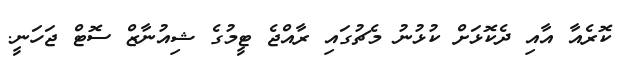
ކޮރެއާ އާއި ދެކޮޅަށް ކުޅުނު މެޗުގައި ރާއްޖެ ޓީމުގެ ޝިއުނާޒް ސޮޓް ޖަހަނީ.